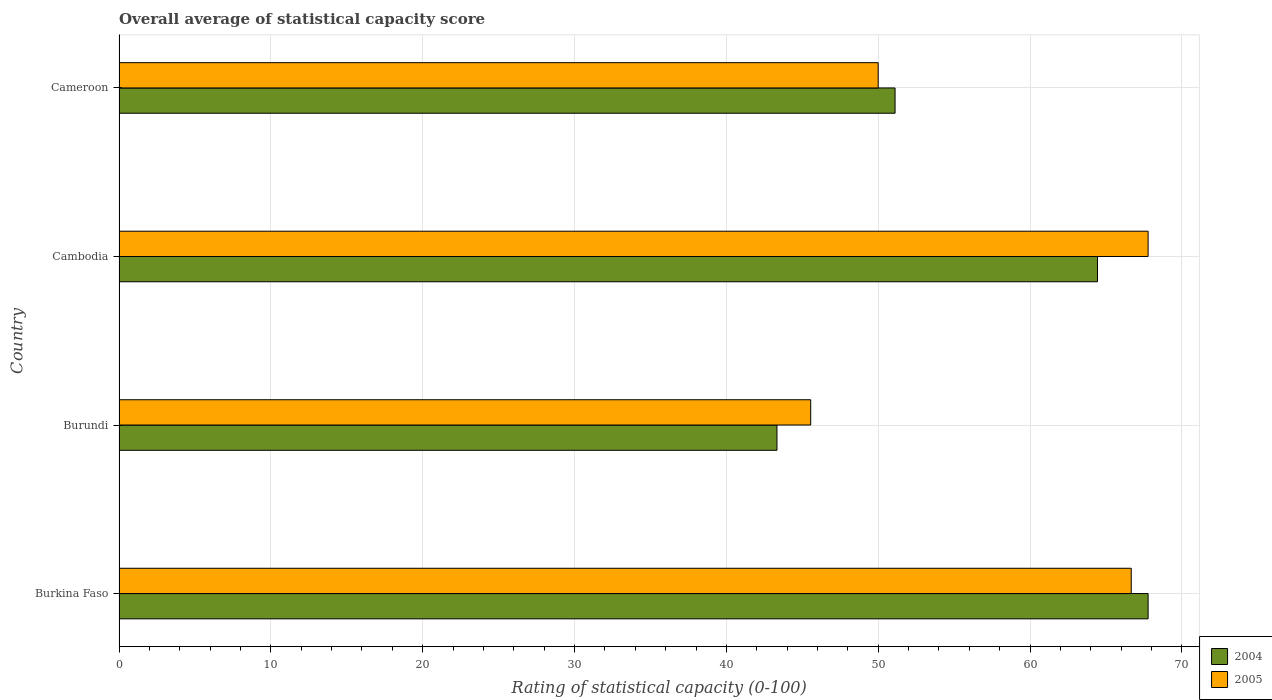
| Country | 2004 | 2005 |
 | --- | --- | --- |
 | Burkina Faso | 67.8 | 66.7 |
 | Burundi | 43.3 | 45.6 |
 | Cambodia | 64.4 | 67.8 |
 | Cameroon | 51.1 | 50 |